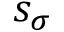
s _ { \sigma }